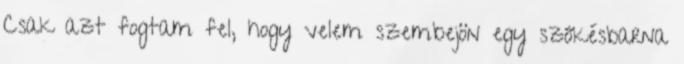
Csak azt fogtam fel, hogy velem szembejön egy szőkésbarna